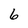
Character: 6